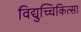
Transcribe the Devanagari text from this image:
विद्युच्चिकित्सा